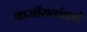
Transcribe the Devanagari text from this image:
बाजीरावांकडे